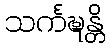
သင်္ကဍ္ဎန္တိ